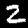
Digit: 2